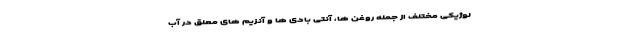
لوژیکی مختلف از جمله روغن ها، آنتی بادی ها و آنزیم های معلق در آب